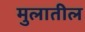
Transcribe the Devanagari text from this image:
मुलातील